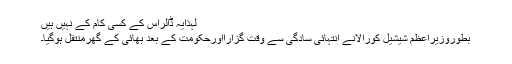
لہذایہ ڈالراس کے کسی کام کے نہیں ہیں
بطوروزیراعظم شیشیل کورالانے انتہائی سادگی سے وقت گزارااورحکومت کے بعد بھائی کے گھرمنتقل ہوگیا۔